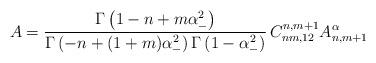
LaTeX: \begin{align*}A=\frac{\Gamma \left(1-n+m\alpha _{-}^{2} \right)}{\Gamma \left(-n+(1+m)\alpha _{-}^{2} \right)\Gamma\left(1-\alpha _{-}^{2} \right)}\,C_{nm,12}^{n,m+1}A_{n,m+1}^{\alpha}\end{align*}